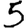
Digit: 5